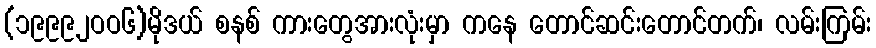
(၁၉၉၉၂ဝဝ၆)မိုဒယ် စနစ် ကားတွေအားလုံးမှာ ကနေ တောင်ဆင်းတောင်တက်၊ လမ်းကြမ်း